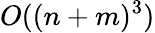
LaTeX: O((n+m)^{3})